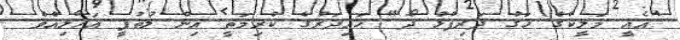
"އެއީ މަލީކުގެ ހަގު ދަރިފުޅު ދޯ" ޙައިދަރުގެ ކުރިމަތީ އިން ލުތުފީ އަހާލިއެވެ.